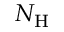
N _ { \mathrm { H } }